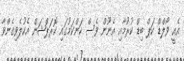
އެއީ ވޯލްޑް ކަޕް ބިޑް ކުރުމާއި އެނޫން ވެސް ކަންކަމުގައި ކޮރަޕްޝަން އެކުލެވިގެންވާ